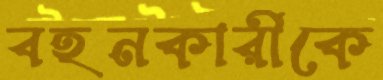
বহনকারীকে